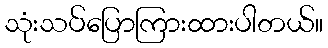
သုံးသပ်ပြောကြားထားပါတယ်။